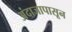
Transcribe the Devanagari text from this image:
अंदाजापासून